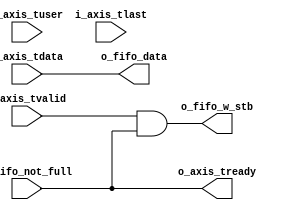
/*
Distributed under the MIT license.
Copyright (c) 2021 Dave McCoy (dave.mccoy@cospandesign.com)

Permission is hereby granted, free of charge, to any person obtaining a copy of
this software and associated documentation files (the "Software"), to deal in
the Software without restriction, including without limitation the rights to
use, copy, modify, merge, publish, distribute, sublicense, and/or sell copies
of the Software, and to permit persons to whom the Software is furnished to do
so, subject to the following conditions:

The above copyright notice and this permission notice shall be included in all
copies or substantial portions of the Software.

THE SOFTWARE IS PROVIDED "AS IS", WITHOUT WARRANTY OF ANY KIND, EXPRESS OR
IMPLIED, INCLUDING BUT NOT LIMITED TO THE WARRANTIES OF MERCHANTABILITY,
FITNESS FOR A PARTICULAR PURPOSE AND NONINFRINGEMENT. IN NO EVENT SHALL THE
AUTHORS OR COPYRIGHT HOLDERS BE LIABLE FOR ANY CLAIM, DAMAGES OR OTHER
LIABILITY, WHETHER IN AN ACTION OF CONTRACT, TORT OR OTHERWISE, ARISING FROM,
OUT OF OR IN CONNECTION WITH THE SOFTWARE OR THE USE OR OTHER DEALINGS IN THE
SOFTWARE.
*/

/*
 *         Po Jui Shih  (beebdev@gmail.com)
 * Description: Simple adapter to connect FIFO to AXI Stream Master interface
 *
 * Changes:     Author         Description
 *  03/24/2017  David McCoy    Initial Commit
 *  03/31/2022  Po Jui Shih     Removed unused extra padding for tuser and tlast.
 *                             Also removed the redundant i_fifo_not_full anding
 *                             for o_fifo_w_stb. Style changes for consistency.
 */

`timescale 1ps / 1ps

module axis_2_fifo_adapter #(
    parameter AXIS_DATA_WIDTH = 32,
    parameter FIFO_DATA_WIDTH = AXIS_DATA_WIDTH
)(
    input  wire                             i_axis_tuser,
    input  wire                             i_axis_tvalid,
    output wire                             o_axis_tready,
    input  wire                             i_axis_tlast,
    input  wire [AXIS_DATA_WIDTH - 1:0]     i_axis_tdata,

    output wire [FIFO_DATA_WIDTH - 1:0]     o_fifo_data,
    output wire                             o_fifo_w_stb,
    input  wire                             i_fifo_not_full
);

/* ===============================
 * asynchronous logic
 * =============================== */
assign o_fifo_data      = i_axis_tdata;
assign o_axis_tready    = i_fifo_not_full;
assign o_fifo_w_stb     = i_axis_tvalid & o_axis_tready;

endmodule